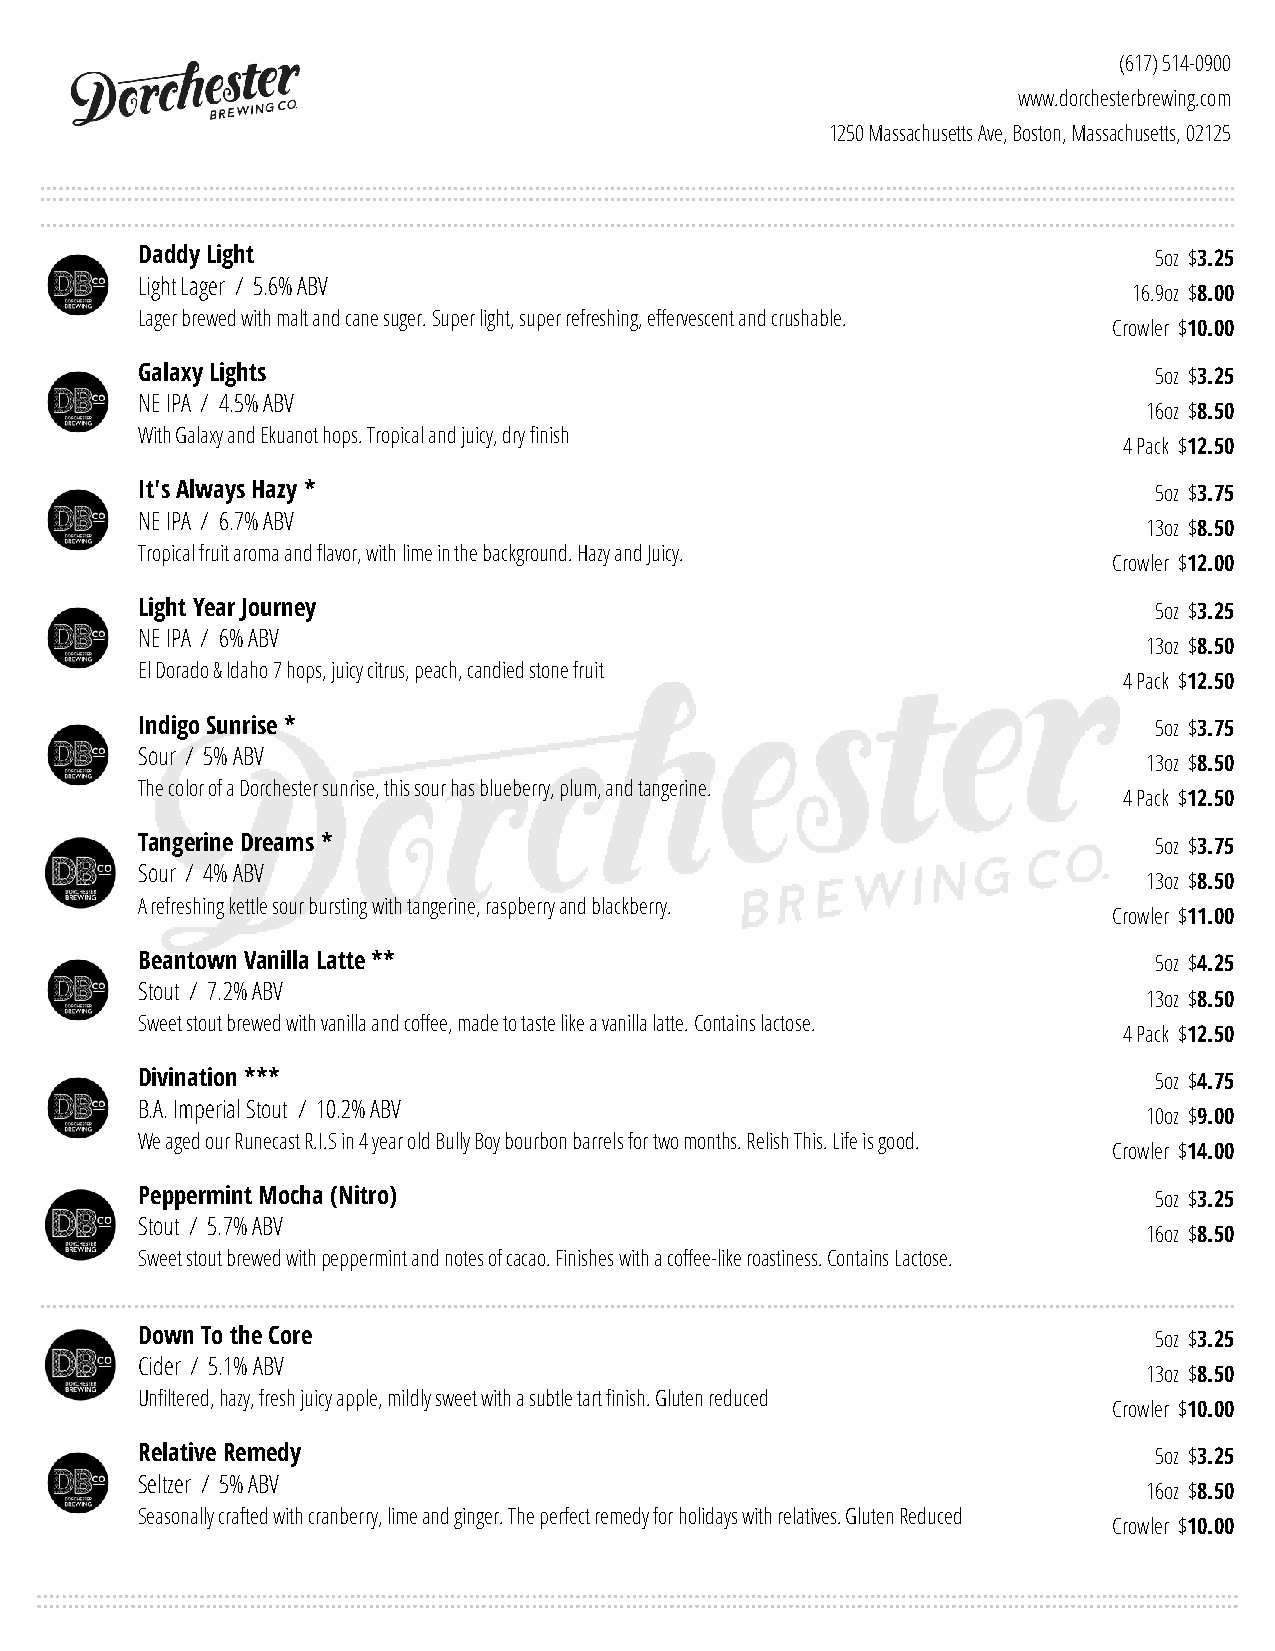
(617) 514-0900
 www.dorchesterbrewing.com
 1250 Massachusetts Ave, Boston, Massachusetts, 02125
 Daddy Light                                                        5oz $3.25
 Light Lager / 5.6% ABV
 16.9oz $8.00
 Lager brewed with malt and cane suger. Super light, super refreshing, effervescent and crushable.
 Crowler $10.00
 Galaxy Lights                                                      5oz $3.25
 NE IPA / 4.5% ABV
 16oz $8.50
 With Galaxy and Ekuanot hops. Tropical and juicy, dry finish
 4 Pack $12.50
 It's Always Hazy *                                                 5oz $3.75
 NE IPA / 6.7% ABV
 13oz $8.50
 Tropical fruit aroma and flavor, with lime in the background. Hazy and Juicy.
 Crowler $12.00
 Light Year Journey                                                 5oz $3.25
 NE IPA / 6% ABV
 13oz $8.50
 El Dorado & Idaho 7 hops, juicy citrus, peach, candied stone fruit
 4 Pack $12.50
 Indigo Sunrise *                                                   5oz $3.75
 Sour / 5% ABV
 13oz $8.50
 The color of a Dorchester sunrise, this sour has blueberry, plum, and tangerine.
 4 Pack $12.50
 Tangerine Dreams *                                                 5oz $3.75
 Sour / 4% ABV
 13oz $8.50
 A refreshing kettle sour bursting with tangerine, raspberry and blackberry.
 Crowler $11.00
 Beantown Vanilla Latte **                                          5oz $4.25
 Stout / 7.2% ABV
 13oz $8.50
 Sweet stout brewed with vanilla and coffee, made to taste like a vanilla latte. Contains lactose.
 4 Pack $12.50
 Divination ***                                                     5oz $4.75
 B.A. Imperial Stout / 10.2% ABV
 10oz $9.00
 We aged our Runecast R.I.S in 4 year old Bully Boy bourbon barrels for two months. Relish This. Life is good.
 Crowler $14.00
 Peppermint Mocha (Nitro)                                           5oz $3.25
 Stout / 5.7% ABV
 16oz $8.50
 Sweet stout brewed with peppermint and notes of cacao. Finishes with a coffee-like roastiness. Contains Lactose.
 Down To the Core                                                   5oz $3.25
 Cider / 5.1% ABV
 13oz $8.50
 Unfiltered, hazy, fresh juicy apple, mildly sweet with a subtle tart finish. Gluten reduced
 Crowler $10.00
 Relative Remedy                                                    5oz $3.25
 Seltzer / 5% ABV
 16oz $8.50
 Seasonally crafted with cranberry, lime and ginger. The perfect remedy for holidays with relatives. Gluten Reduced
 Crowler $10.00